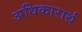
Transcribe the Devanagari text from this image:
अधिकारार्थ